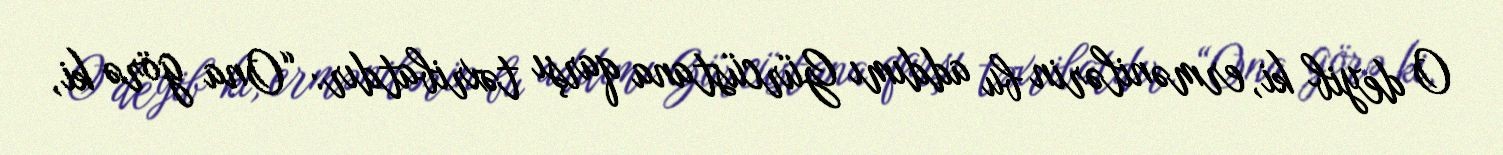
O deyib ki, ermənilərin bu addımı Gürcüstana qarşı təxribatdır: “Ona görə ki,